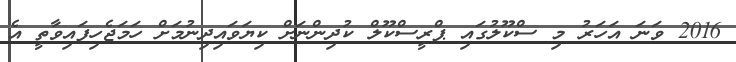
2016 ވަނަ އަހަރު މި ސްކޫލުގައި ޕްރީސްކޫލް ކުދިންނަށް ކިޔަވައިދިނުމަށް ހަމަޖެހިފައިވާތީ އެ